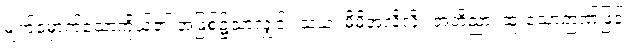
မျက်မှောက်သောကိုယ်၏ အဖြစ်၌သာလျှင်။ သယံ၊ မိမိအလိုလို။ အဘိညာ၊ ထူးသောဉာဏ်ဖြင့်